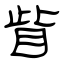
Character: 眥